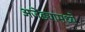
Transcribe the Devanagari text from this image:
अजेंड्यामध्ये